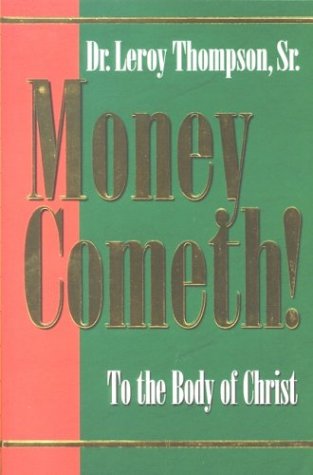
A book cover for Money Cometh: To the Body of Christ; Leroy Thompson; Christian Books & Bibles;